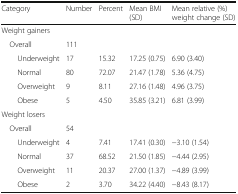
<table><thead><tr><td><b>Category</b></td><td><b>Number</b></td><td><b>Percent</b></td><td><b>Mean BMI (SD)</b></td><td><b>Mean relative (%) weight change (SD)</b></td></tr></thead><tbody><tr><td colspan="5">Weight gainers</td></tr><tr><td> Overall</td><td>111</td><td></td><td></td><td></td></tr><tr><td>Underweight</td><td>17</td><td>15.32</td><td>17.25 (0.75)</td><td>6.90 (3.40)</td></tr><tr><td>Normal</td><td>80</td><td>72.07</td><td>21.47 (1.78)</td><td>5.36 (4.75)</td></tr><tr><td>Overweight</td><td>9</td><td>8.11</td><td>27.16 (1.48)</td><td>4.96 (3.75)</td></tr><tr><td>Obese</td><td>5</td><td>4.50</td><td>35.85 (3.21)</td><td>6.81 (3.99)</td></tr><tr><td colspan="5">Weight losers</td></tr><tr><td> Overall</td><td>54</td><td></td><td></td><td></td></tr><tr><td>Underweight</td><td>4</td><td>7.41</td><td>17.41 (0.30)</td><td>−3.10 (1.54)</td></tr><tr><td>Normal</td><td>37</td><td>68.52</td><td>21.50 (1.85)</td><td>−4.44 (2.95)</td></tr><tr><td>Overweight</td><td>11</td><td>20.37</td><td>27.00 (1.37)</td><td>−4.89 (3.99)</td></tr><tr><td>Obese</td><td>2</td><td>3.70</td><td>34.22 (4.40)</td><td>−8.43 (8.17)</td></tr></tbody></table>